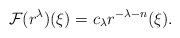
LaTeX: \begin{align*} \mathcal{F}(r^\lambda)(\xi)=c_\lambda r^{-\lambda-n}(\xi). \end{align*}